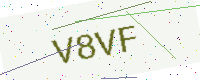
Text: V8VF